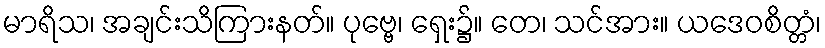
မာရိသ၊ အချင်းသိကြားနတ်။ ပုဗ္ဗေ၊ ရှေး၌။ တေ၊ သင်အား။ ယဒေဝစိတ္တံ၊